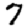
Digit: 7